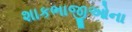
શાકભાજીઓના